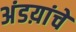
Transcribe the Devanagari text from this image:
अंडय़ांचे